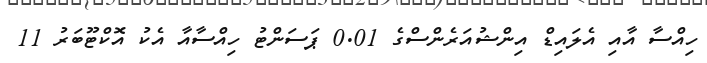
ހިއްސާ އާއި އެލައިޑް އިންޝުއަރެންސްގެ 0.01 ޕަސަންޓު ހިއްސާއާ އެކު އޮކްޓޫބަރު 11